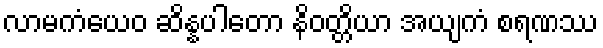
လာမကံယေဝ ဆိန္နပါတော နိဝတ္တိယာ အယျကံ စရဏဿ